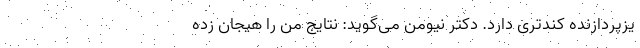
یزپردازنده کندتری دارد. دکتر نیومن می‌گوید: نتایج من را هیجان زده